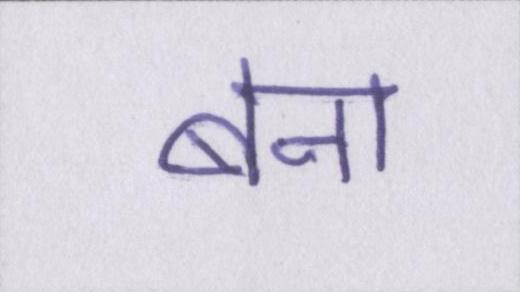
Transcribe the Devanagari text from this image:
बना